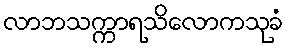
လာဘသက္ကာရသိလောကသုခံ